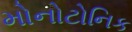
મોનોટોનિક